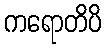
ကရောတိပိ